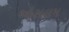
ઓસલમ